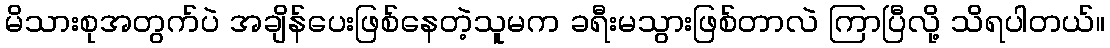
မိသားစုအတွက်ပဲ အချိန်ပေးဖြစ်နေတဲ့သူမက ခရီးမသွားဖြစ်တာလဲ ကြာပြီလို့ သိရပါတယ်။